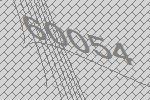
60054